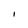
Character: I